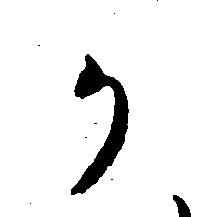
か